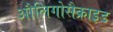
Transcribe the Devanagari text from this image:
औलिगोसैक्राइड